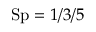
\mathrm { S p } = 1 / 3 / 5